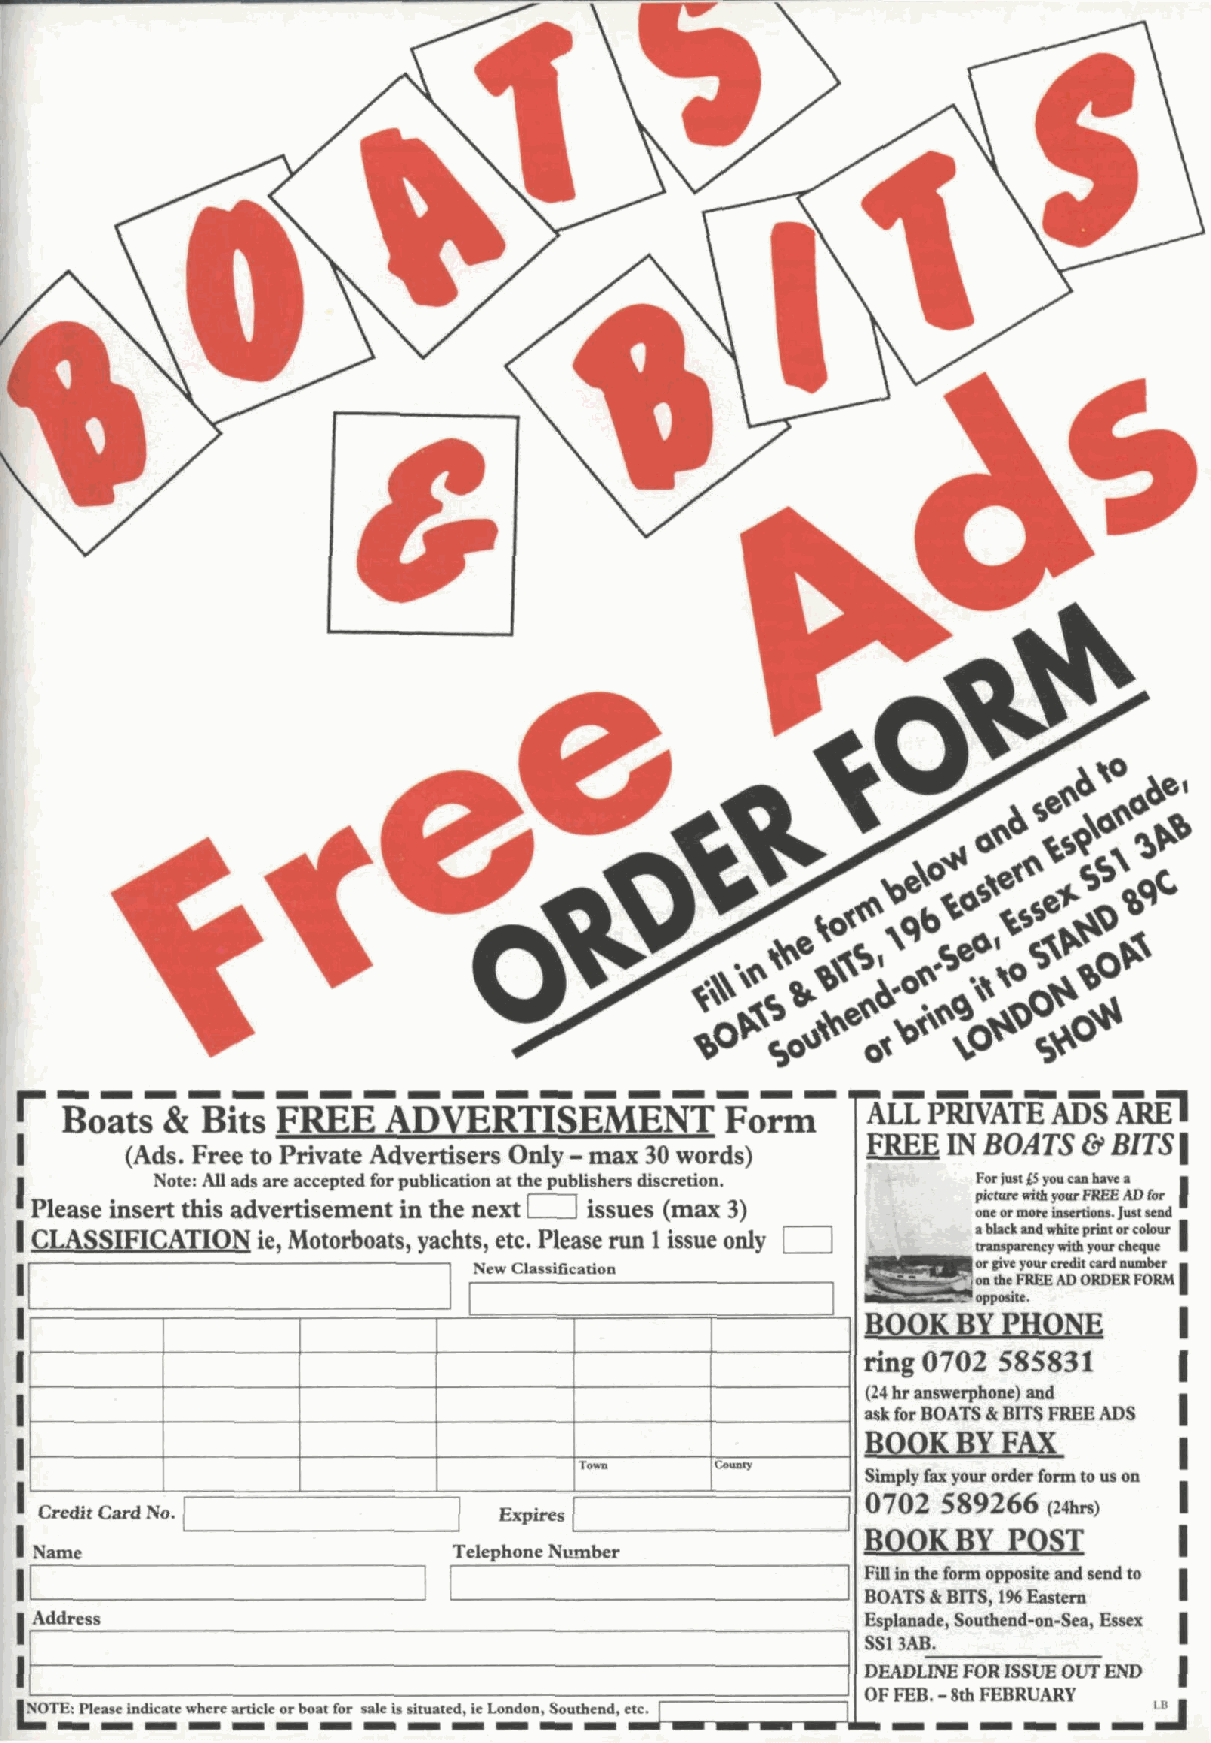
TALL  PRIVATEADS  ARE!
 I J o a t sB its FREEADVERTISEMENTFo
 FREE IN BOATS & BITS \
 (Ads. Free to Private Advertisers Only - max 30 words)
 Note: All ads are accepted for publication at the publishers discretion. For juii £5 you can have a
 picture with your FREE AD for
 Please insert this advertisement in the next E ] issues (max 3)
 one or more insertion}, just tend
 CLASSIFICATION ie, Motorboats, yachts, etc. Please run 1 issue only [ a black anil white print or colour
 transparency with your cheque
 New Classification              | or jive your credit card number
 '! on the FREE AD ORDER FORM
 Poppotite.
 BOOK  BY PHONE
 ring 0702 585831
 (24 hr answerphone) and
 ask for BOATS & BITS FREE ADS
 BOOKBY  FAX
 Count*
 Simply fax your order form to us on
 0702 589266 <24hrs>
 Credit Card No.               Expires
 BOOK   BY POST
 Name                        Telephone Number
 Fill in the form opposite and send to
 BOATS & BITS, 1% Eastern
 Address                                                Esplanade, Southend-on-Sea, Essex
 SS13AB.
 DEADLINE FOR ISSUE OUT END
 OF FEB.-8th FEBRUARY
 INOTE: Please indicate where article or boat for sale is situated, ic London, Southend,